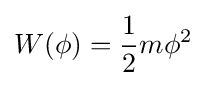
W(\phi )={\frac {1}{2}}m\phi ^{2}